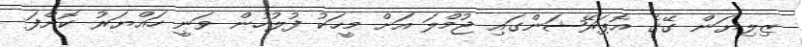
ޒިލިޔަން ގޭގެ އޮޕަރޭޝަންގައި ޖުމްލަ އަށް މީހަކު ފުލުހުން ވަނީ ހައްޔަރު ކޮށްފަ